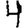
Digit: 4